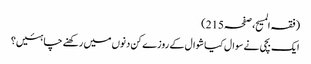
(فقہ المسیح، صفحہ215)
ایک بچی نے سوال کیا شوال کے روزے کن دنوں میں رکھنے چاہئیں؟